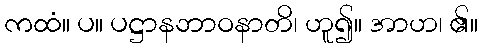
ကထံ။ ပ။ ပဋ္ဌာနဘာဝနာတိ၊ ဟူ၍။ အာဟ၊ ၏။